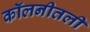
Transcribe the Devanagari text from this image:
कॉलनीतली